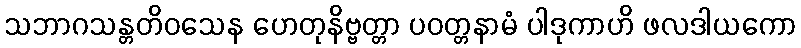
သဘာဂသန္တတိဝသေန ဟေတုနိဗ္ဗတ္တာ ပဝတ္တနာမံ ပါဒုကာဟိ ဖလဒါယကော